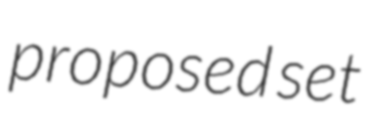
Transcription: proposed set